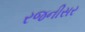
રજનીસર